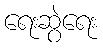
ရေးဆွဲရေး